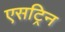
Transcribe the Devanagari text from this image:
एसट्रिन